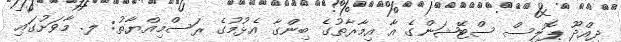
ދިއްދޫ ޕޮލިސް ސްޓޭޝަންގެ އާ އިމާރާތުގެ ބިންގާ އެޅުމުގެ ރަސްމިއްޔާތު: ލ. މާވަށުގައި